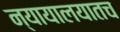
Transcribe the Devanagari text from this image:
न्यायालयातच